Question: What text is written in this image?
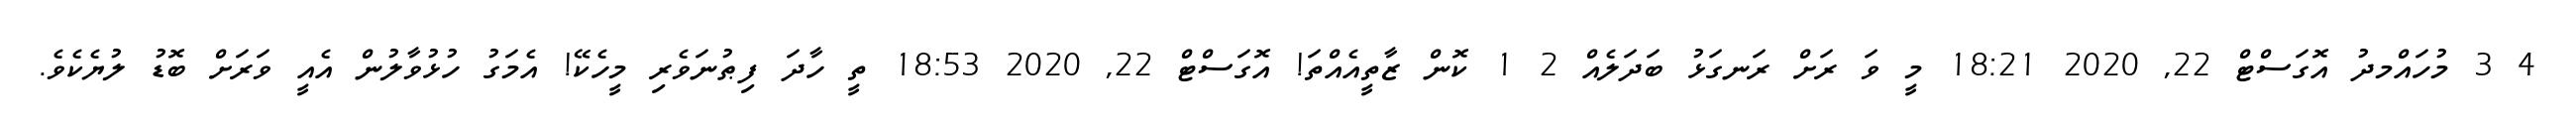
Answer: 4 3 މުހައްމދު އޮގަސްޓް 22, 2020 18:21 މީ ވަ ރަށް ރަނގަޅު ބަދަލެއް 2 1 ކޮން ޒާތީއެއްތަ! އޮގަސްޓް 22, 2020 18:53 ތީ ހާދަ ފިޠުނަވެރި މީހެކޭ! އެމަގު ހުޅުވާލުން އެއީ ވަރަށް ބޮޑު ލުޔެކެވެ.